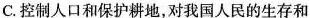
C.控制人口和保护耕地，对我国人民的生存和